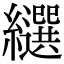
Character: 𦇗